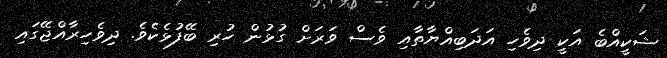
ޝަކީއްބެ އަކީ ދިވެހި އަދަބިއްޔާތާއި ވެސް ވަރަށް ގުޅުން ހުރި ބޭފުޅެކެވެ. ދިވެހިރާއްޖޭގައި